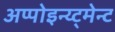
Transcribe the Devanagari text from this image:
अप्पोइन्य्ट्मेन्ट